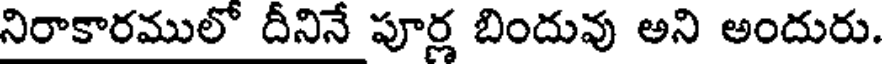
నిరాకారములో దీనినే పూర్ల బిందువు అని అందురు.